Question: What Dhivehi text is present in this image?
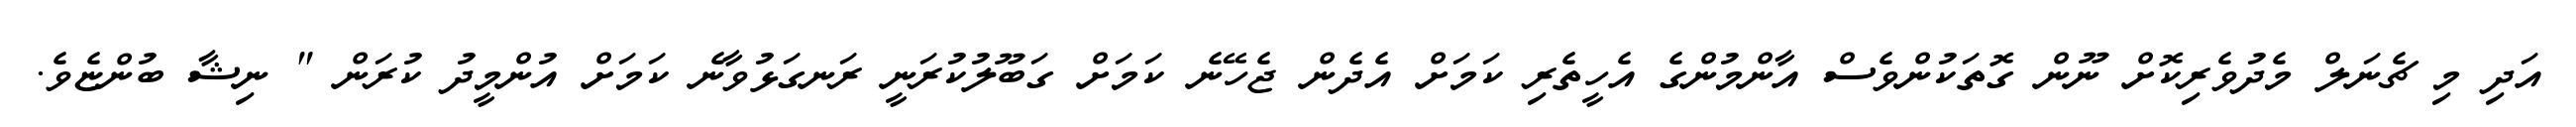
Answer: އަދި މި ޗެނަލް މެދުވެރިކޮށް ނޫން ގޮތަކުންވެސް އާންމުންގެ އެހީތެރި ކަމަށް އެދެން ޖެހޭނެ ކަމަށް ގަބޫލުކުރަނީ ރަނގަޅުވާނެ ކަމަށް އުންމީދު ކުރަން " ނިޝާ ބުންޏެވެ.